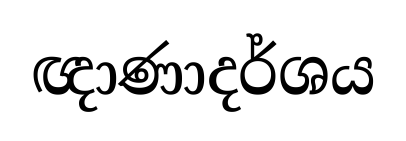
ඥාණාදර්ශය